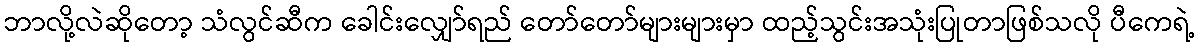
ဘာလို့လဲဆိုတော့ သံလွင်ဆီက ခေါင်းလျှော်ရည် တော်တော်များများမှာ ထည့်သွင်းအသုံးပြုတာဖြစ်သလို ပီကေရဲ့